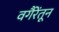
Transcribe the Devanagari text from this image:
वगैरेंतून